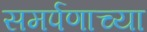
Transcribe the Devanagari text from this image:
समर्पणाच्या